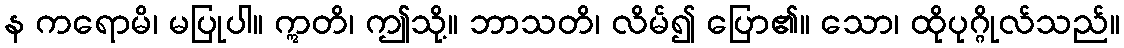
န ကရောမိ၊ မပြုပါ။ ဣတိ၊ ဤသို့။ ဘာသတိ၊ လိမ်၍ ပြော၏။ သော၊ ထိုပုဂ္ဂိုလ်သည်။